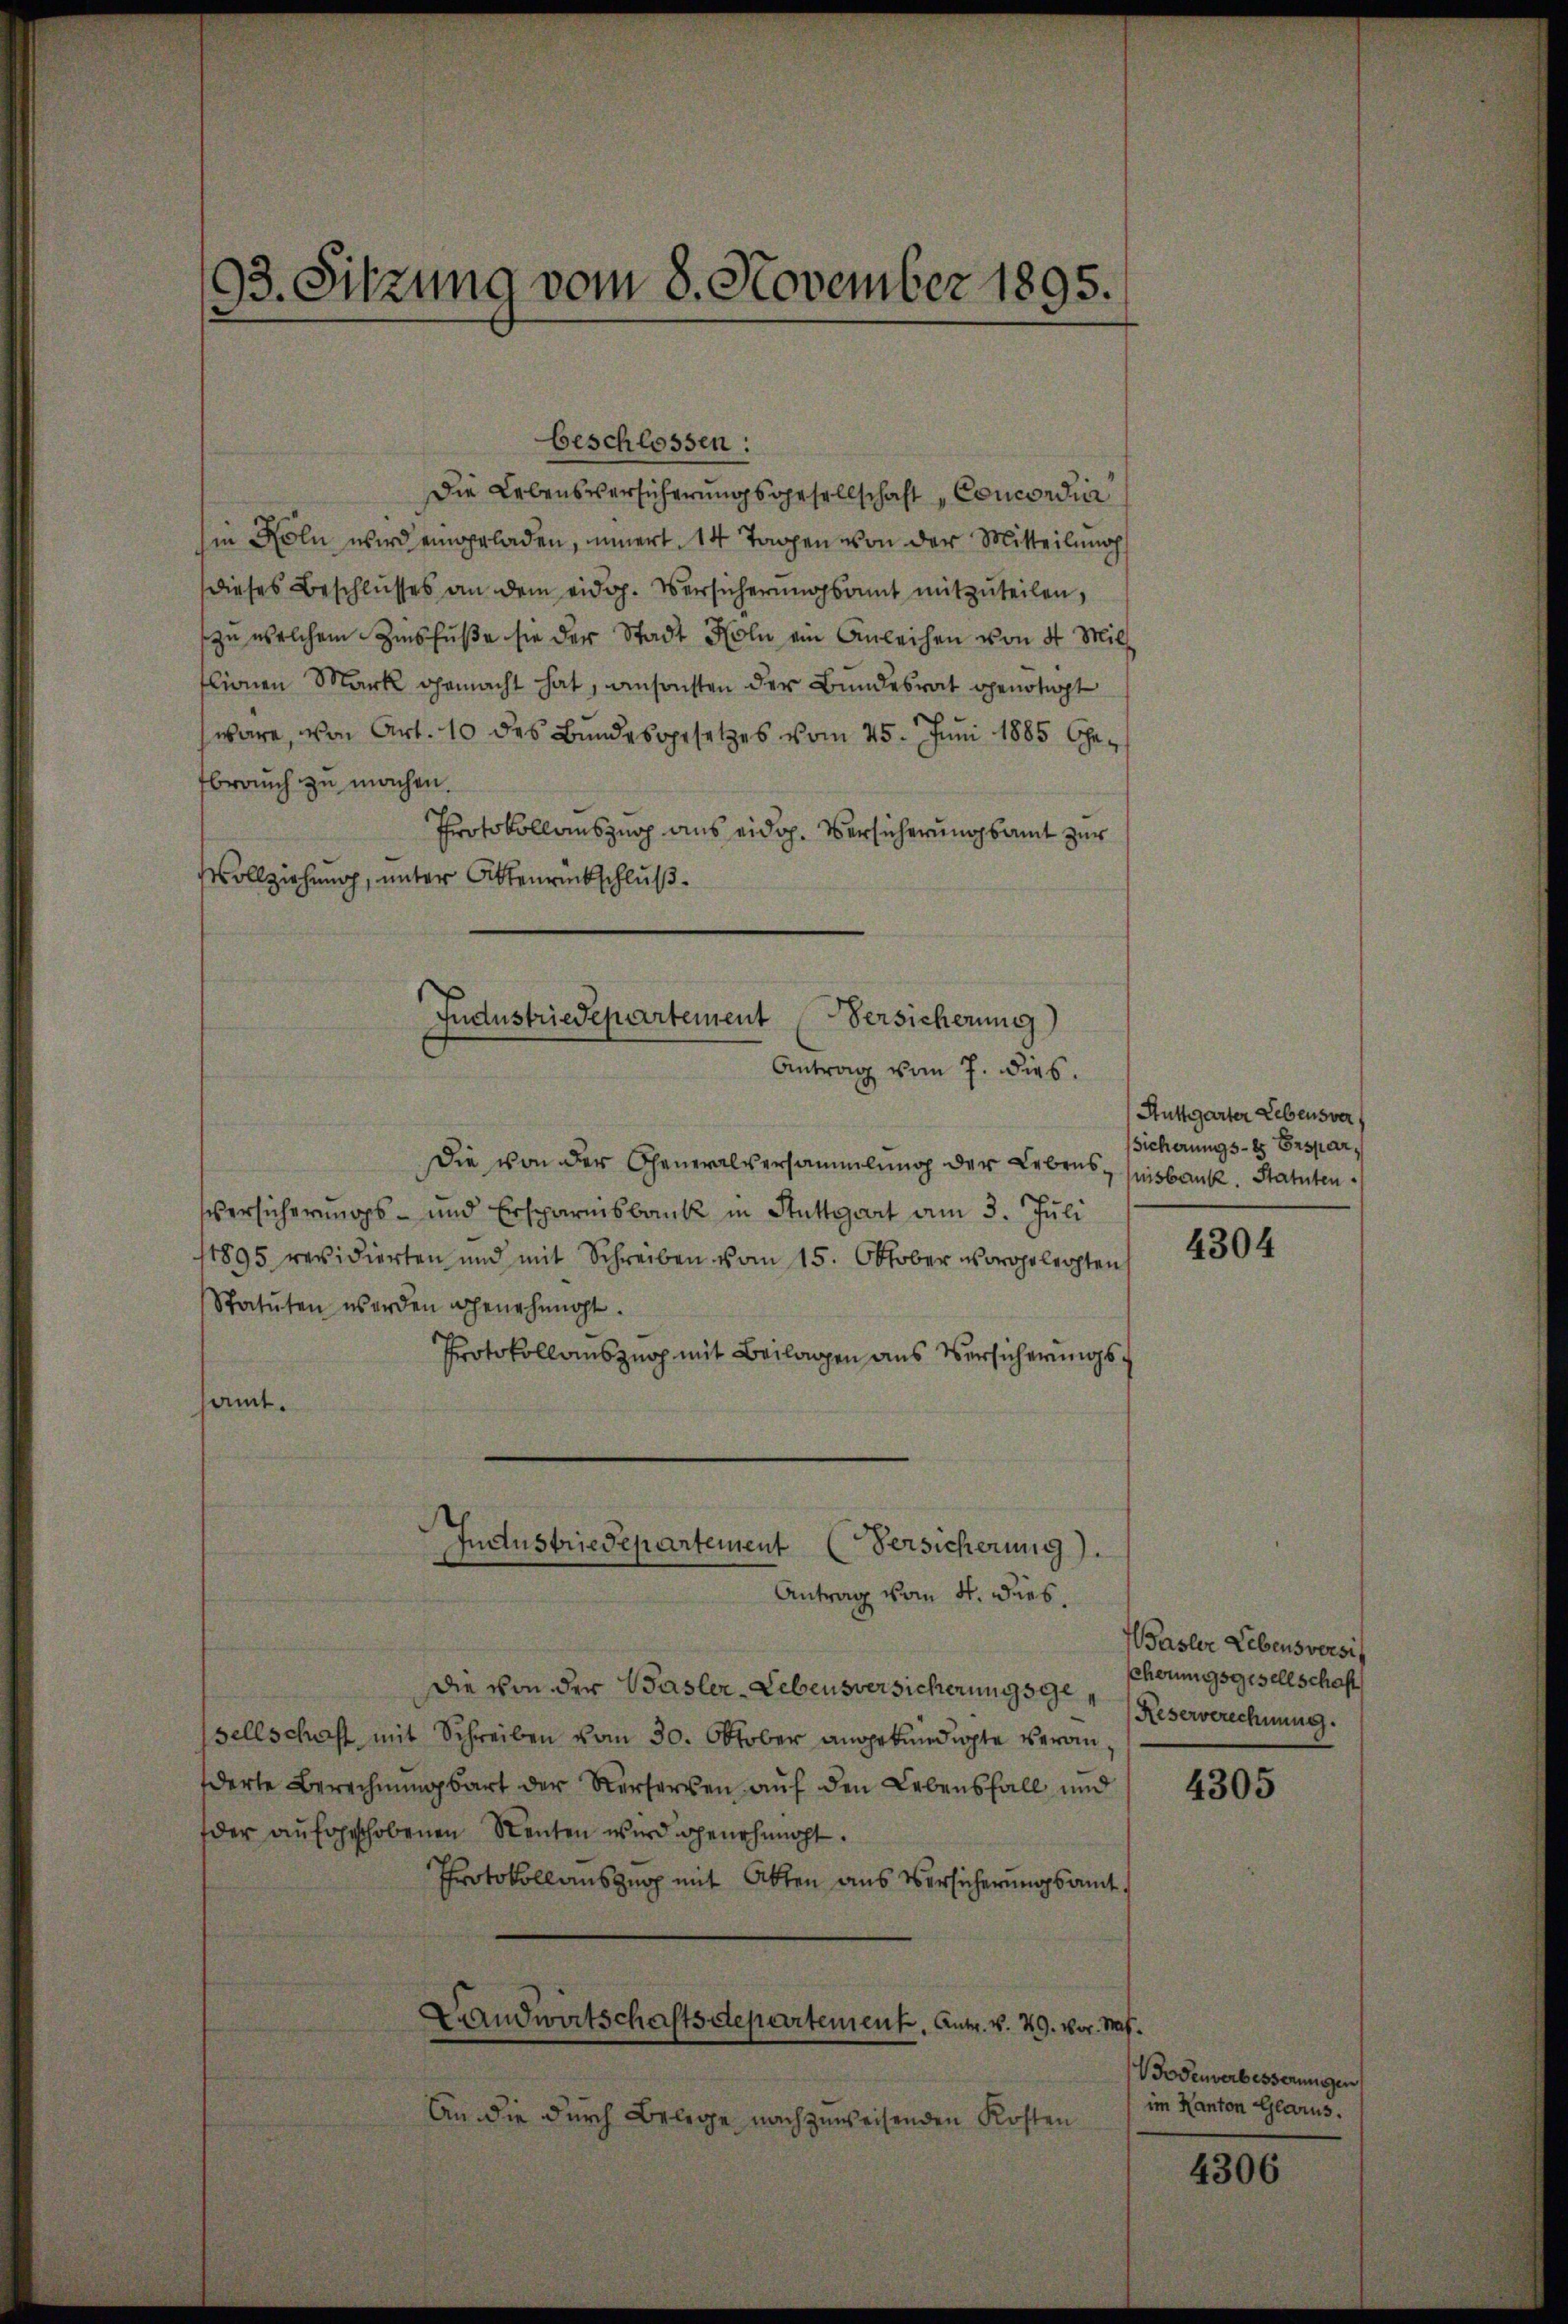
93. Sitzung vom 8. November 1895.

beschlossen:
Die Lebensversicherungsgesellschaft, Concordia
in Köln wird eingeladen, innert. 14 Tagen von der Mitteilung
dieses Beschlusses an dem eidg. Versicherungsamt mitzuteilen,
zu welchem Zinsfŭβe sie der Stadt Holn ein Anleihen von 4 Mil
lionen Mark gemacht hat, ansonsten der Bundesrat genötigt
wäre, von Art. 10 des Bundesgesetzes vom 25. Juni 1885 Gebrauch zu machen.
Protokollauszug aus eidg. Versicherungsamt zur
Vollziehung, unter Ottenrückschluß.
Industriedepartement Versicherung)
Antrag vom 7. dies
Die von der Generalversammlung der Lebens, insbank. Statutensversicherungs- und Ersparnisbank in Stuttgart am 3. Juli
11895 revidierten und mit Schreiben vom 15. Oktober vorgelegten
Statuten werden genehmnoht.
Protokollauszug mit Beilagen aus Versicherungssamt.

Industriedepartement Versicherung).
e
Antrag vom 4. dies.

Die von der Basler-Lebensversicherungs Reserverechnung.
sellschaft mit Schreiben vom 30. Oktober angekündigte veranderte Berechnungsart der Verferken auf den Lebensfall und
der aufgeschobenen Renten wird genehmigt.
Protokollauszug mit Akten aus Versicherungsamt
Landwirtschaftsdepartement. Antr. v. 29. vor. Mar.
An die durch Belege nachzuweisenden Kosten

Huttgarter Lebensvers
sicherungs- es Erspar¬

4304

Wasler Lebensversit
chörungsgesellschaft

4305

Bodenverbesserungen
im Kanton Glarus.

4306